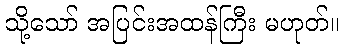
သို့သော် အပြင်းအထန်ကြီး မဟုတ်။